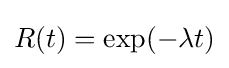
R(t)=\exp(-\lambda t)